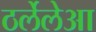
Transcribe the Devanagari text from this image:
ठर्लेलेआ